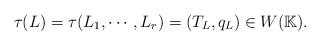
LaTeX: \begin{align*} \tau(L)=\tau(L_1,\cdots,L_r)=(T_L,q_L)\in W(\mathbb{K}).\end{align*}